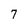
Character: 7